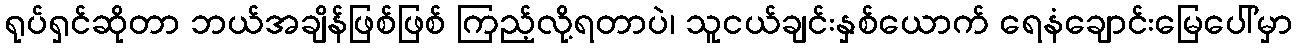
ရုပ်ရှင်ဆိုတာ ဘယ်အချိန်ဖြစ်ဖြစ် ကြည့်လို့ရတာပဲ၊ သူငယ်ချင်းနှစ်ယောက် ရေနံချောင်းမြေပေါ်မှာ